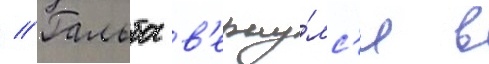
// Гальба в'ерну́лс'я в